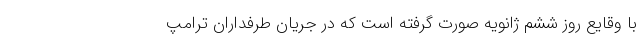
با وقایع روز ششم ژانویه صورت گرفته است که در جریان طرفداران ترامپ